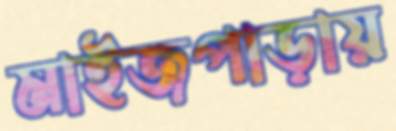
মাইজপাড়ায়